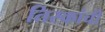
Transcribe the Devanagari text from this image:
तिस्कांची